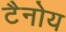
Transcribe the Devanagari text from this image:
टैनोय